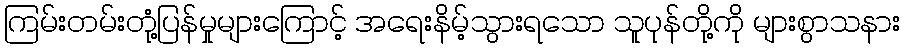
ကြမ်းတမ်းတုံ့ပြန်မှုများကြောင့် အရေးနိမ့်သွားရသော သူပုန်တို့ကို များစွာသနား